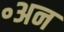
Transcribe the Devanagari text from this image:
॰अन